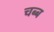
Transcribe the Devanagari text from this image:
चब्ब